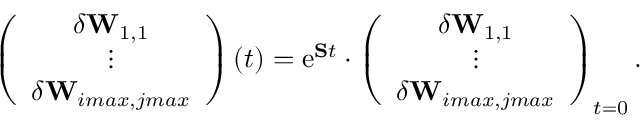
\left( \begin{array} { c } { \delta \mathbf { W } _ { 1 , 1 } } \\ { \vdots } \\ { \delta \mathbf { W } _ { i m a x , j m a x } } \end{array} \right) ( t ) = \mathrm { e } ^ { \mathbf { S } t } \cdot \left( \begin{array} { c } { \delta \mathbf { W } _ { 1 , 1 } } \\ { \vdots } \\ { \delta \mathbf { W } _ { i m a x , j m a x } } \end{array} \right) _ { t = 0 } .